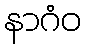
နာဂံဝ